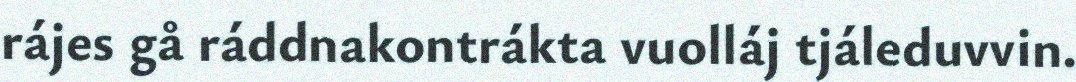
rájes gå ráddnakontrákta vuolláj tjáleduvvin.